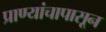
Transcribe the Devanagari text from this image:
प्राण्यांचापासून